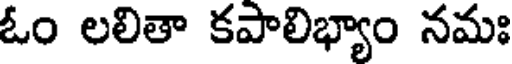
ఓం లలితా కపాలిభ్యాం నమః